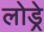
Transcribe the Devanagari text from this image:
लोड्रे